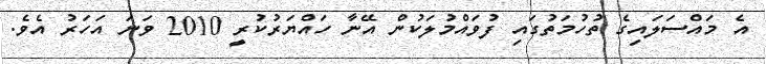
އެ މައްސަލައިގެ ތުހުމަތުގައި ފުވައްމުލަކުން އޭނާ ހައްޔަރުކުރީ 2010 ވަނަ އަހަރު އެވެ.